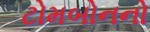
ટોમબોનનો